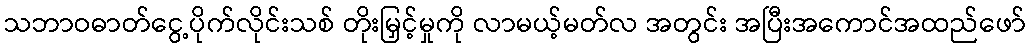
သဘာဝဓာတ်ငွေ့ပိုက်လိုင်းသစ် တိုးမြှင့်မှုကို လာမယ့်မတ်လ အတွင်း အပြီးအကောင်အထည်ဖော်